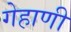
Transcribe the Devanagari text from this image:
गेहाणी